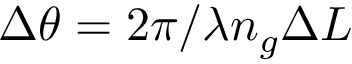
\Delta \theta = 2 \pi / \lambda n _ { g } \Delta L